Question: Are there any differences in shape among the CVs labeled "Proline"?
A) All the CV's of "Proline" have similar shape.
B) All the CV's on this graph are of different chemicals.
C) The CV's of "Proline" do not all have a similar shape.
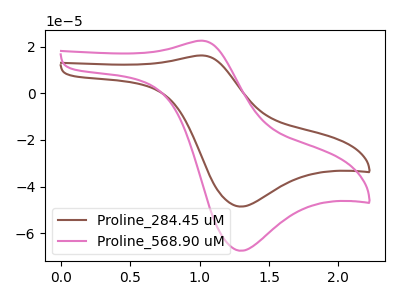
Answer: <think>The brown curve "Proline_284.45 uM" has an anodic peak at (1.00V, 16.25uA) and a cathodic peak at (1.30V, -48.55uA). The pink curve "Proline_568.90 uM" has an anodic peak at (1.00V, 22.55uA) and a cathodic peak at (1.30V, -67.50uA).
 All the peaks in "Proline_284.45 uM" have a peak in "Proline_568.90 uM" at the same potential. Every peak in "Proline_284.45 uM" is lower than every peak in "Proline_568.90 uM".</think>
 <answer>A) All the CV's of "Proline" have similar shape.</answer>
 <eval>A</eval>